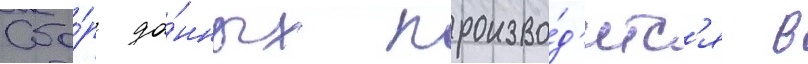
Сбо́р да́нных произво́д'итс'я в